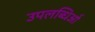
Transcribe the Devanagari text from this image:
उपलब्धिओं